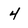
Character: 4